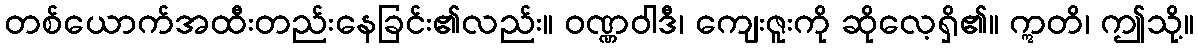
တစ်ယောက်အထီးတည်းနေခြင်း၏လည်း။ ဝဏ္ဏဝါဒီ၊ ကျေးဇူးကို ဆိုလေ့ရှိ၏။ ဣတိ၊ ဤသို့။